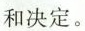
和决定。